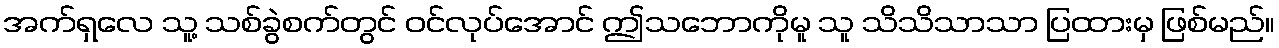
အက်ရှလေ သူ့ သစ်ခွဲစက်တွင် ဝင်လုပ်အောင် ဤသဘောကိုမူ သူ သိသိသာသာ ပြထားမှ ဖြစ်မည်။